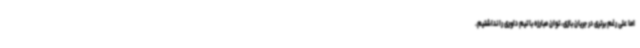
اما علی رغم برتری در جریان بازی، توان مبارزه با تیم داوری را نداشتیم.